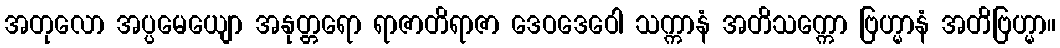
အတုလော အပ္ပမေယျော အနုတ္တရော ရာဇာတိရာဇာ ဒေဝဒေဝေါ သက္ကာနံ အတိသက္ကော ဗြဟ္မာနံ အတိဗြဟ္မာ။